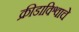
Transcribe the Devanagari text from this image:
क्रीडाविश्वाचे